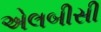
એલબીસી